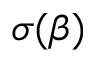
\sigma ( \beta )